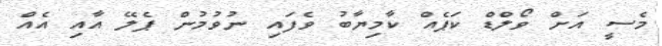
މެސީ އަށް ވޯލްޑް ކަޕެއް ކާމިޔާބު ވެފައި ނުވުމުން ޕެލޭ އާއި އެއް